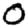
Digit: 0